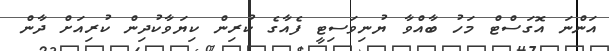
އަންނަ އޮގަސްޓް މަހު ބާއްވާ ޔުނިވަސިޓީ ފެއާގެ ކުރިން ކިޔަވާކުދިން ކުރިއަށް ދާން